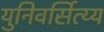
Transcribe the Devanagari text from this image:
युनिवर्सित्य्य